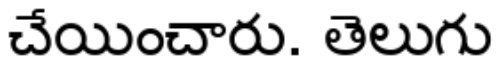
చేయించారు. తెలుగు